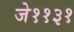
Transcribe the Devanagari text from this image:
जे११३१